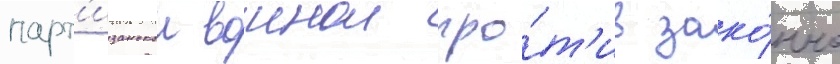
парт'изанскои воинои про́т'ив зако́нно